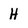
Character: H